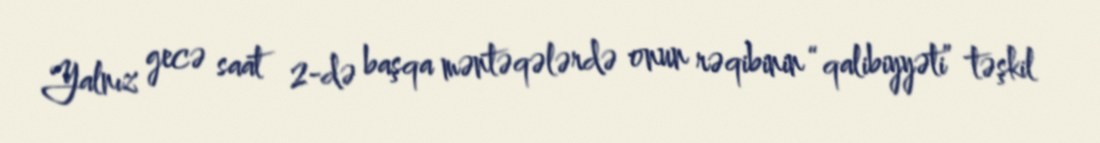
Yalnız gecə saat 2-də başqa məntəqələrdə onun rəqibinin “qalibiyyəti” təşkil